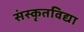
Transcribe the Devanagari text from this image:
संस्कृतविद्या